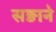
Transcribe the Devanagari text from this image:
सङाने